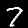
Digit: 7